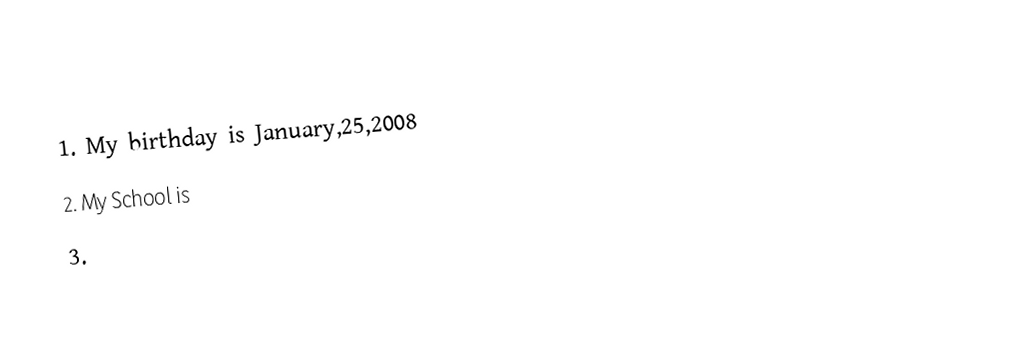
1.     My birthday is January,25,2008
2.     My School is
3.